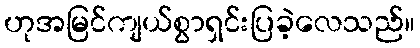
ဟုအမြင်ကျယ်စွာရှင်းပြခဲ့လေသည်။